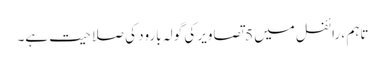
تاہم ، رائفل میں 5 تصاویر کی گولہ بارود کی صلاحیت ہے۔